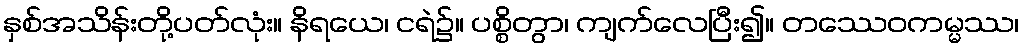
နှစ်အသိန်းတို့ပတ်လုံး။ နိရယေ၊ ငရဲ၌။ ပစ္စိတွာ၊ ကျက်လေပြီး၍။ တဿေဝကမ္မဿ၊